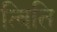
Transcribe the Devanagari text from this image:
त्विति